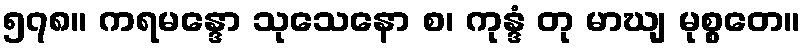
၅၇၈။ ကရမန္ဒော သုသေနော စ၊ ကုန္ဒံ တု မာဃျ မုစ္စတေ။